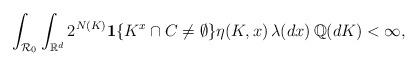
LaTeX: \begin{align*}&\int_{{\cal R}_0}\int_{{\mathbb R}^d} 2^{N(K)}{\bf 1}\{K^{x}\cap C\not=\emptyset\} \eta (K,x)\,\lambda (dx)\,{\mathbb Q} (dK)<\infty ,\quad\quad\end{align*}